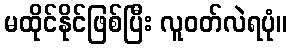
မထိုင်နိုင်ဖြစ်ပြီး လူဝတ်လဲရပုံ။